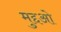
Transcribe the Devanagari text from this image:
मुद्दओ